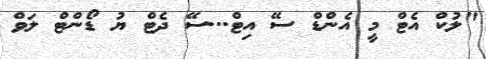
"ލުކް އެޓް މީ އެންޑް ސޭ އިޓް...ސޭ ދެޓް ޔު ޑޯންޓް ލަވް